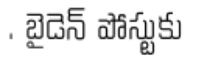
. బైడెన్ పోస్టుకు